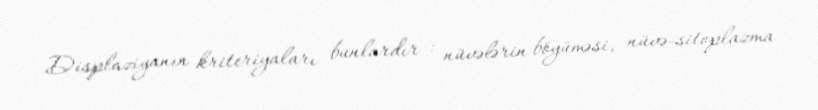
Displaziyanın kriteriyaları bunlardır : nüvələrin böyüməsi, nüvə-sitoplazma